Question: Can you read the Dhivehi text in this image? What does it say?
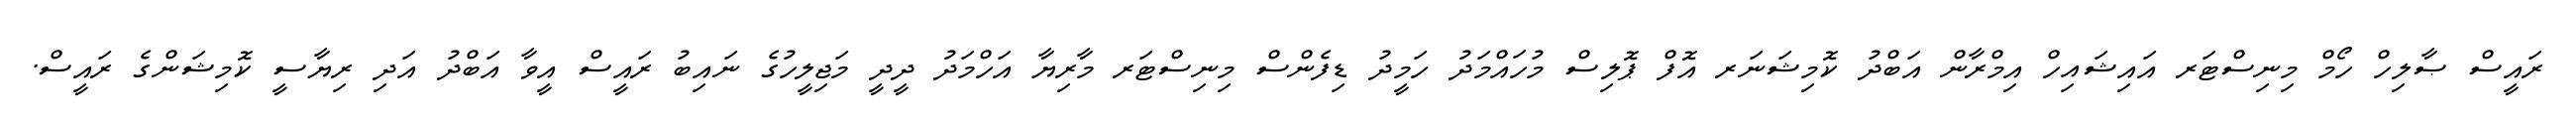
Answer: ރައީސް ޞާލިހް ހޯމް މިނިސްޓަރ އައިޝައިހް އިމްރާން އަބްދު ކޮމިޝަނަރ އޮފް ޕޮލިސް މުހައްމަދު ހަމީދު ޑިފެންސް މިނިސްޓަރ މާރިޔާ އަހްމަދު ދީދީ މަޖިލީހުގެ ނައިބު ރައީސް އީވާ އަބްދު އަދި ރިޔާސީ ކޮމިޝަންގެ ރައީސް.